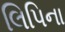
લિપિના